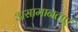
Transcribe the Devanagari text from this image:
असामानताएं